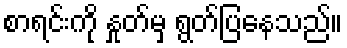
စာရင်းကို နှုတ်မှ ရွတ်ပြနေသည်။